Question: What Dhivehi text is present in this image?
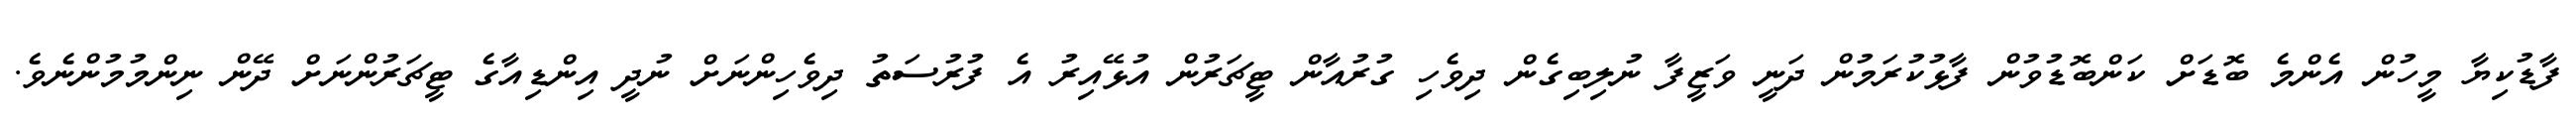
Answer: ފާޑުކިޔާ މީހުން އެންމެ ބޮޑަށް ކަންބޮޑުވުން ފާޅުކުރަމުން ދަނީ ވަޒީފާ ނުލިބިގެން ދިވެހި ގުރުއާން ޓީޗަރުން އުޅޭއިރު އެ ފުރުސަތު ދިވެހިންނަށް ނުދީ އިންޑިއާގެ ޓީޗަރުންނަށް ދޭން ނިންމުމުންނެވެ.